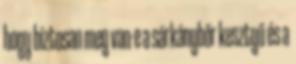
hogy biztosan meg van-e a sárkánybőr kesztyű és a